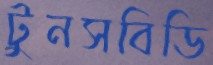
টুনসবিডি